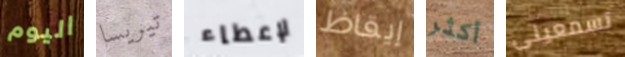
اليوم تيريسا لإعطاء إيقاظ أكثر تسمعينى